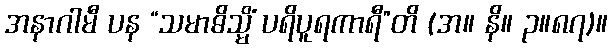
အနာဂါမီ ပန “သမာဓိသ္မိံ ပရိပူရကာရီ”တိ (အ။ နိ။ ၃။၈၇)။